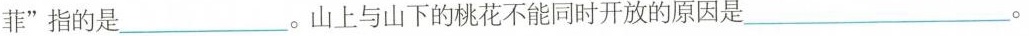
菲”指的是______。山上与山下的桃花不能同时开放的原因是____。